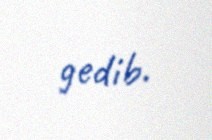
gedib.